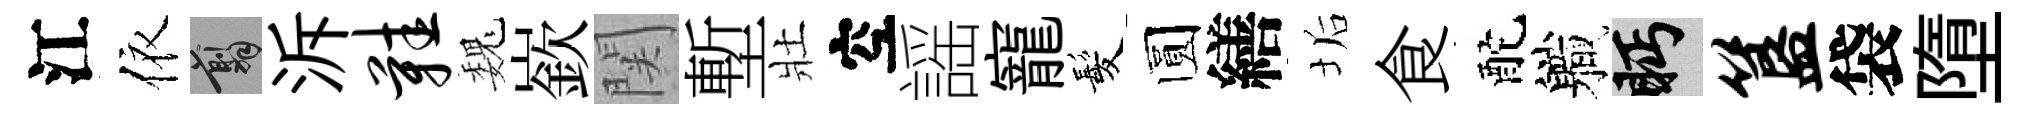
江依翦泝鞋巍嶔関塹壯空謡寵髪圆繕垢食酡軄眄簋袋墮